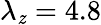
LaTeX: \lambda_{\mathit{z}}=4.8